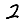
Digit: 2